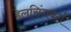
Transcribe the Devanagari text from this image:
हेलसिंगबर्ग